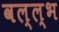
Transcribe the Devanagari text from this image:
वल्ल्भ